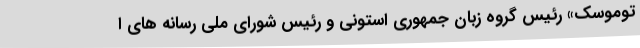
توموسک» رئیس گروه زبان جمهوری استونی و رئیس شورای ملی رسانه های ا